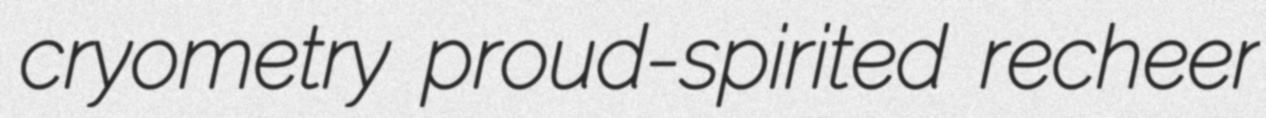
cryometry proud-spirited recheer